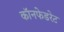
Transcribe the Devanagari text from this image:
कॉनफेडरेट